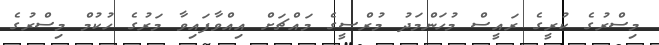
މިސްރުގެ ކުރީގެ ރައީސް މުހަންމަދު މުރްސީގެ މައްޗަށް އިއްވާފައިވާ މަރުގެ ހުކުމް މިސްރުގެ